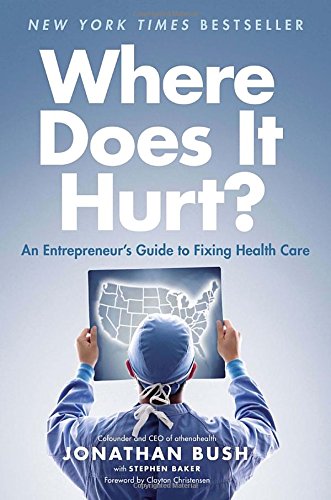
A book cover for Where Does It Hurt?: An Entrepreneur's Guide to Fixing Health Care; Jonathan Bush; Health, Fitness & Dieting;